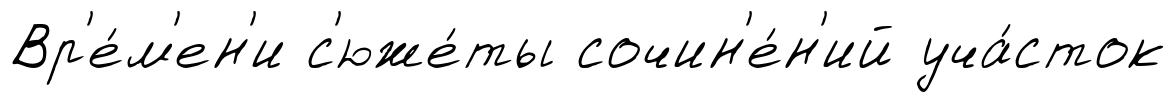
Вр'е́м'ен'и с'юже́ты сочин'е́н'ий уча́сток